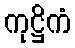
ကုဋ္ဌိကံ